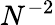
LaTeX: N^{-2}